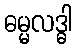
ဓမ္မလဒ္ဓါ